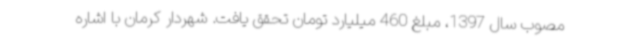
مصوب سال 1397، مبلغ 460 میلیارد تومان تحقق یافت. شهردار کرمان با اشاره